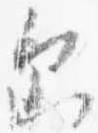
示